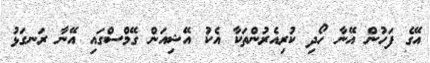
އޭގެ ފަހުން އޭނާ ހޯދި ކުރިއެރުންތަކާ އެކު އޭޝިއަން ގޭމްސްގައި އޭނާ ރަނގަޅު